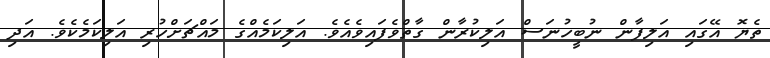
ތެޔޮ އޭގައި އަލިފާން ނުބީހުނަސް އަލިކުރާން ގާތްވެފައިވެއެވެ. އަލިކަމެއްގެ މައްޗަށްހުރި އަލިކަމެކެވެ. އަދި